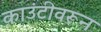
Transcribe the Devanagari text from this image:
काउंटीवरून